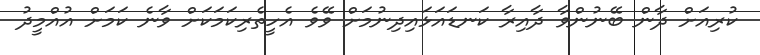
ކުރިއަށް ދާން ބޭނުންވާ ދާއިރާ ކަނޑައަޅައިދިނުމަށް ވޭވެ އެހީތެރިކަމަކަށް ވާނެ ކަމަށް އުއްމީދު